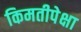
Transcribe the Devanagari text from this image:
किमतीपेक्षा